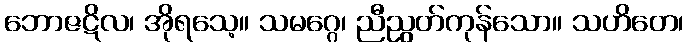
ဘောဇဋိလ၊ အိုရသေ့။ သမဂ္ဂေ၊ ညီညွတ်ကုန်သော။ သဟိတေ၊